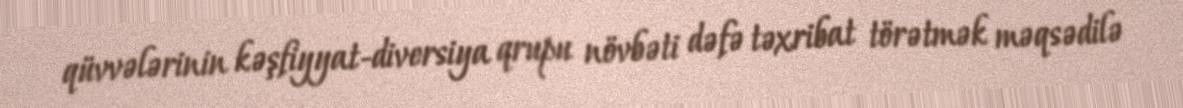
qüvvələrinin kəşfiyyat-diversiya qrupu növbəti dəfə təxribat törətmək məqsədilə